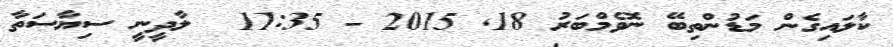
ކާލައިގެން މަޑުންތިބޭ ނޮވެމްބަރު 18